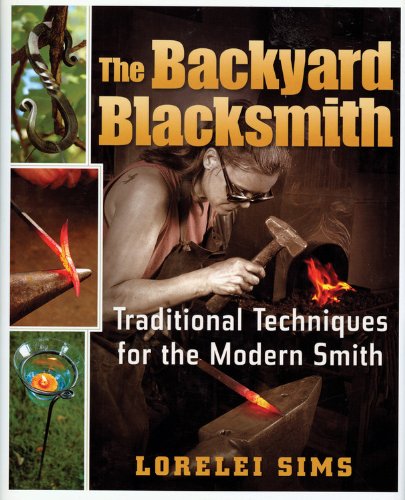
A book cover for The Backyard Blacksmith; Lorelei Sims; Crafts, Hobbies & Home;